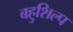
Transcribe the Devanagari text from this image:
बहुशिल्प